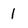
Character: 1